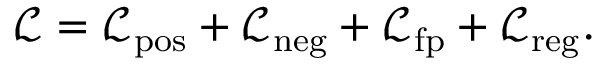
\mathcal { L } = \mathcal { L } _ { \mathrm { { p o s } } } + \mathcal { L } _ { \mathrm { { n e g } } } + \mathcal { L } _ { \mathrm { { f p } } } + \mathcal { L } _ { \mathrm { { r e g } } } .